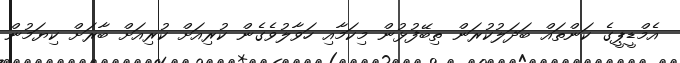
އެމްޑީޕީގެ ކަންތައް ބަދަލުކުރަން ތިބޭފުޅުން މިކަމާއި ހަވާލުވެގެން ކުރިއަށް ކުރިއަށް ބާރަށް ކިޔަމުން